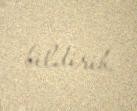
bildirib.